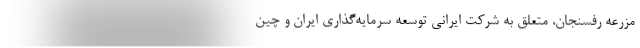
مزرعه رفسنجان، متعلق به شرکت ایرانی توسعه سرمایه‌گذاری ایران و چین